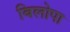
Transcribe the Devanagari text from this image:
बिलोपा